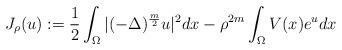
LaTeX: \begin{align*}J_{\rho}(u):=\frac{1}{2}\int_{\Omega}|(-\Delta)^{\frac{m}{2}}u|^{2}dx-\rho^{2m}\int_{\Omega}V(x)e^{u}dx\end{align*}